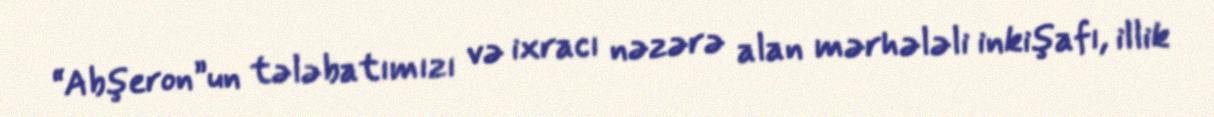
“Abşeron”un tələbatımızı və ixracı nəzərə alan mərhələli inkişafı, illik